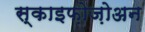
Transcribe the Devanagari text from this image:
स्काइफ़ोज़ोअन